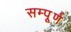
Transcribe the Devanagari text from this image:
सम्पूूूर्ण